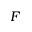
F